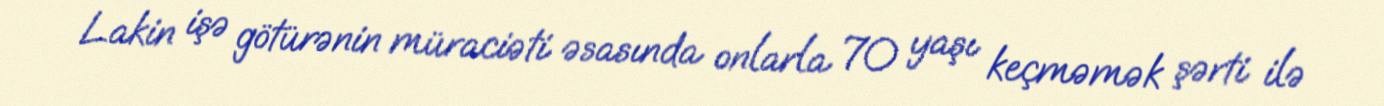
Lakin işə götürənin müraciəti əsasında onlarla 70 yaşı keçməmək şərti ilə